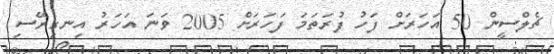
ޗެލްސީން 50 އަހަރަށް ފަހު ފުރަތަމަ ފަހަރަށް 2005 ވަނަ އަހަރު އިނގިރޭސި